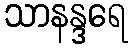
သာနန္ဒရေ